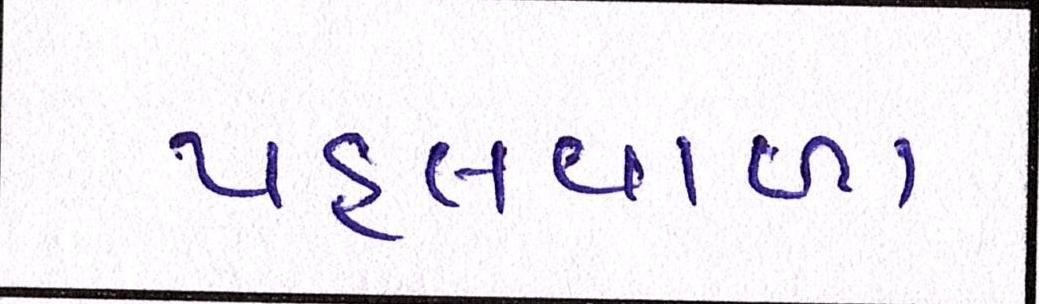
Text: પહલવાળા